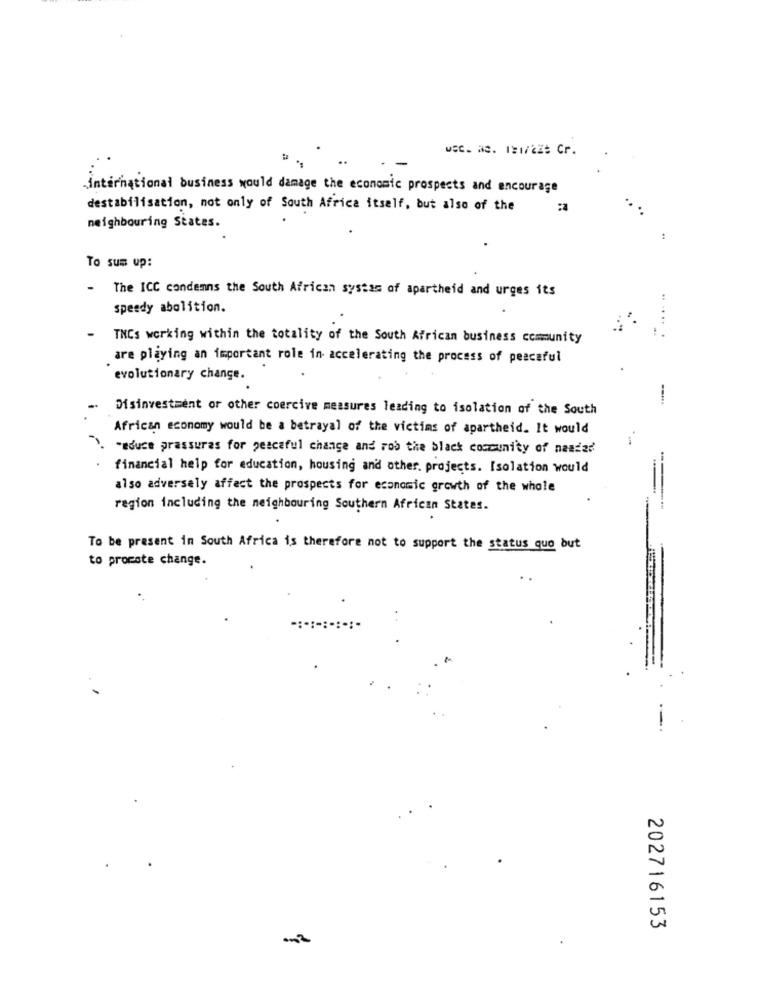
USC. a. 181/225 Cr.
international business would damage the economic prospects and encourage
destabilisation, not only of South Africa itself, but also of the
neighbouring States.
To sum up:
- The ICC condemns the South African systas of apartheid and urges its
speedy abolition.
.. ....
TNCs working within the totality of the South African business community
are playing an important role in accelerating the process of peaceful
evolutionary change.
Disinvestment or other coercive measures leading to isolation of the South
African economy would be a betrayal of the victims of apartheid. It would
". "aduce prassures for peaceful change and rob the black community of nawdad
financial help for education, housing and other. projects. Isolation would
also adversely affect the prospects for economic growth of the whole
region including the neighbouring Southern African States.
To be present in South Africa is therefore not to support the status quo but
to procote change.
202716153